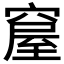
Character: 𥧊